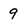
Character: 9